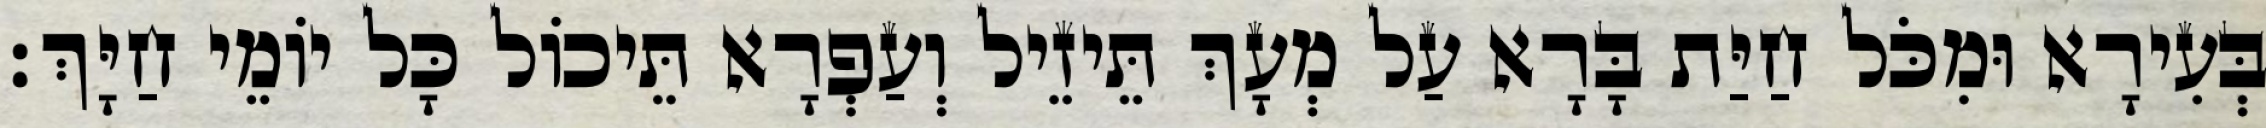
בְּעִירָא וּמִכֹּל חַיַּת בָּרָא עַל מְעָךְ תֵּיזֵיל וְעַפְרָא תֵּיכוֹל כָּל יוֹמֵי חַיָּךְ׃